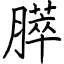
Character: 膵